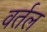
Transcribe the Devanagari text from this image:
वर्तल